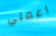
اعملي